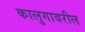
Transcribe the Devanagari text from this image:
कालुगावरील